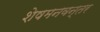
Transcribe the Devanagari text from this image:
शेषमनवन्तर